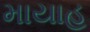
માયાહ